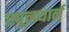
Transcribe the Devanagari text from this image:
स्पूनयार्न